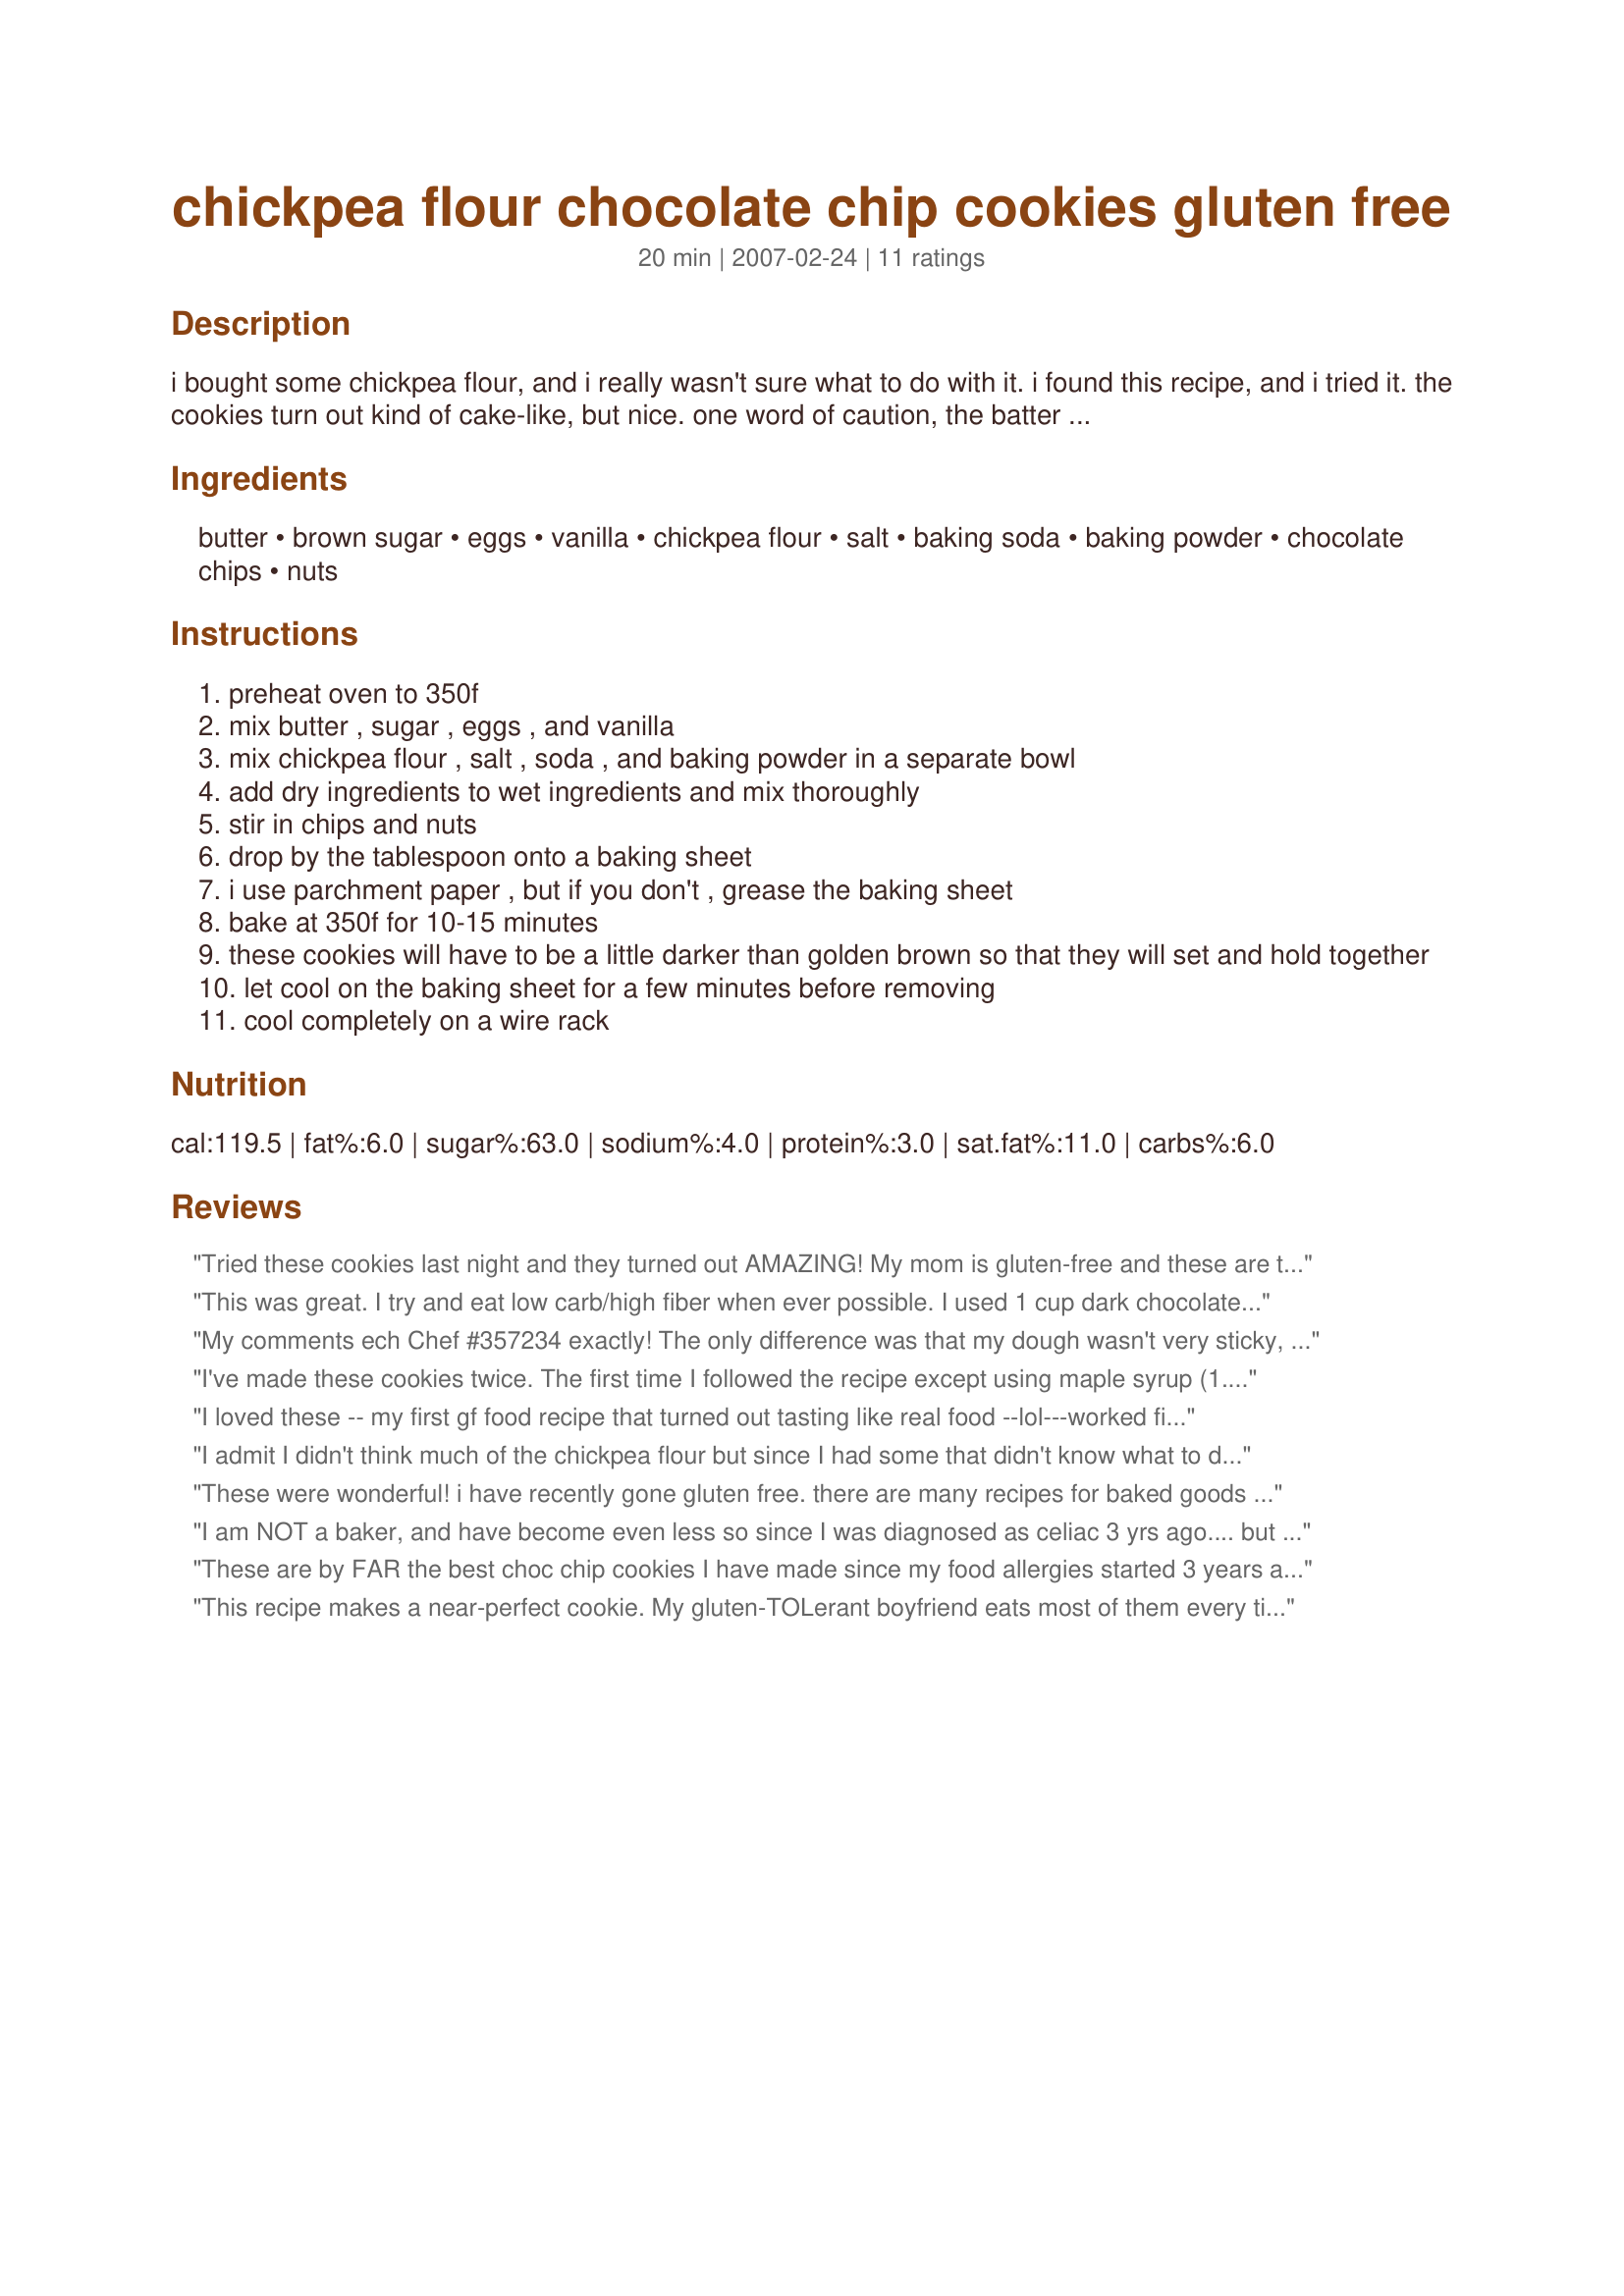
chickpea flour chocolate chip cookies gluten free
Preparation time: 20 minutes

i bought some chickpea flour, and i really wasn't sure what to do with it. i found this recipe, and i tried it. the cookies turn out kind of cake-like, but nice. one word of caution, the batter tastes disgusting, but it shouldn't be a reflection on the end result.

Ingredients:
butter, brown sugar, eggs, vanilla, chickpea flour, salt, baking soda, baking powder, chocolate chips, nuts

Steps:
preheat oven to 350f
mix butter , sugar , eggs , and vanilla
mix chickpea flour , salt , soda , and baking powder in a separate bowl
add dry ingredients to wet ingredients and mix thoroughly
stir in chips and nuts
drop by the tablespoon onto a baking sheet
i use parchment paper , but if you don't , grease the baking sheet
bake at 350f for 10-15 minutes
these cookies will have to be a little darker than golden brown so that they will set and hold together
let cool on the baking sheet for a few minutes before removing
cool completely on a wire rack

Reviews:
Tried these cookies last night and they turned out AMAZING! My mom is gluten-free and these are the best cookies we have made so far! Thanks for the recipe!!
This was great. I try and eat low carb/high fiber when ever possible. I used 1 cup dark chocolate chips and 1 cup brown sugar blend splenda and it was great. THANKS
My comments ech Chef #357234 exactly! The only difference was that my dough wasn't very sticky, it was just right. Fabulous!
I've made these cookies twice. The first time I followed the recipe except using maple syrup (1.5 cups) in place of sugar. My cookies all flowed into each other in the oven to make big cookie-sheet sized cookies! They were still SO TASTY so I tried making them again. This time I added 1 tsp xanthan gum to the recipie and it still happened, though not as badly. That is why I am giving it 4 stars-- otherwise the taste is 5 stars. And don't forget to grease those cookie sheets really well or use parchment paper to prevent sticking.
I loved these -- my first gf food recipe that turned out tasting like real food --lol---worked fine the first try -- used shorting insted of butter and substituted eggs (can't have them either) -- still sooo yummy
I admit I didn't think much of the chickpea flour but since I had some that didn't know what to do with I decided to give it a try, I added 2 tps of corn starch just because I was not sure the batter would hold together and the result was DELICIOUS!!!The batter was a little bit sticky especially when using the spoon to put it on the cookie sheet but I still think it's a 5 stars recipee. lately I've been craving cookies and I finally bought the stuf in the package which is good but costly, now I can make my own and it's so simple. Thank you so much!!
These were wonderful! i have recently gone gluten free. there are many recipes for baked goods using combinations of different gluten-free flours... it can get very complicated. this recipe is so straightforward and delicious! i used sliced almonds for the nuts, and i subbed flax seed meal/water for the eggs. no one could tell they were made from chickpea flour! great recipe, will definitely make again. thanks MissLinguist!
I am NOT a baker, and have become even less so since I was diagnosed as celiac 3 yrs ago.... but these cookies are INCREDIBLE. I just ate 3 out of the oven. I substituted 1 and 1/2 cup chickpea/garbanzo flour and 1/2 cup potato flour, and added a tsp of xanthan gum. They were perfect. Thank you so much!!
These are by FAR the best choc chip cookies I have made since my food allergies started 3 years ago. I used two thirds chickpea flour and one third buckwheat flour. I also can't eat egg white, but 2 yolks in this recipe worked just fine. I also used soya marg in place of the butter and natural orange extract instead of vanilla (I love choc & orange!). I guess they taste so good as there is ALOT of sugar in the recipe...next time I might try it with less sugar and maybe some honey instead? Thankyou for the inspiration MissLinguist! x
This recipe makes a near-perfect cookie. My gluten-TOLerant boyfriend eats most of them every time I make them >(. I tried adding cocoa powder to the mix - about 1/3 cup - and got a fantastic, rich & chewy brownie cookie. They are super sweet, and still turned out great when I reduced the sugar by 1/3. Now I want to experiment with adding oats and chocolate chips, and eventually do a soft gingersnap version. Thanks, MissLinguist!
I was able to make these in 20 minutes, maybe less &amp; they were very good. Moreover, they are a great base to add things to and mess with for variety. I found the dough very sticky and the yield a little low, but not too hard to deal with.&lt;br/&gt;I used 1/2 Erythritol 1/2 Splenda so they were sugar-free.&lt;br/&gt;For people who don&#039;t know erythritol, it is a great substitute for sugar as it has the weight and mouthfeel of sugar, without the calories. It&#039;s a little expensive so I often use 1/2 erythritol and 1/2 some other sugar substitute.
